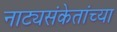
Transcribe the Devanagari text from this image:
नाट्यसंकेतांच्या